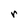
Character: r